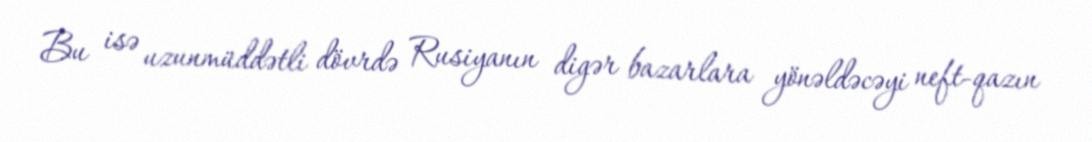
Bu isə uzunmüddətli dövrdə Rusiyanın digər bazarlara yönəldəcəyi neft-qazın